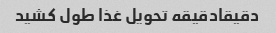
دقیقادقیقه تحویل غذا طول کشید